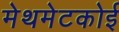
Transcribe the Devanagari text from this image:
मेथमेटकोई